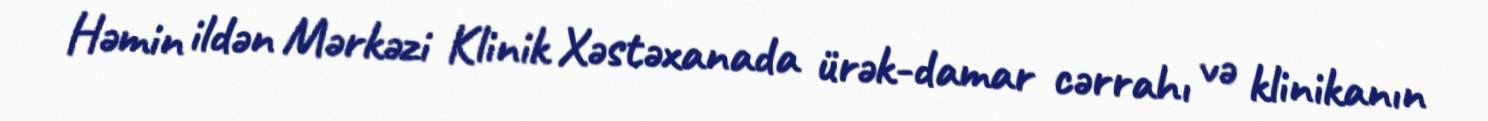
Həmin ildən Mərkəzi Klinik Xəstəxanada ürək-damar cərrahı və klinikanın